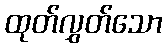
ထုတ်လွှတ်သော